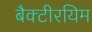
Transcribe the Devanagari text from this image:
बैक्टीरयिम